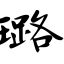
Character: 璐